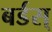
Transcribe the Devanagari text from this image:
बर्डस्